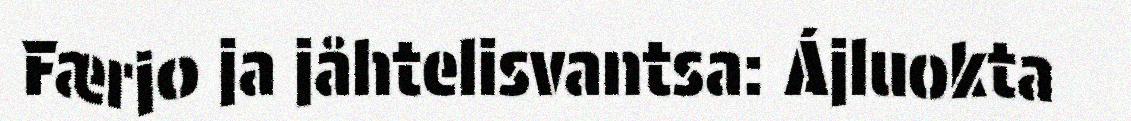
Færjo ja jåhtelisvantsa: Ájluokta